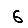
Digit: 6